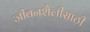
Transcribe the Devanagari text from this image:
जीवनशैलीसाठी